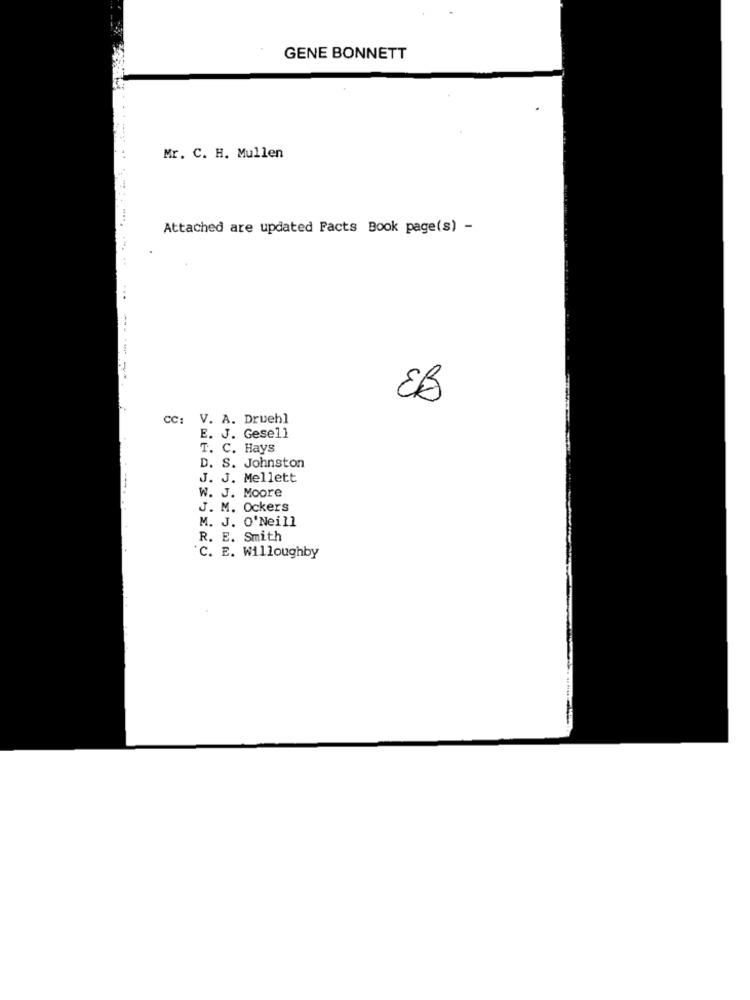
GENE BONNETT
Mr. C. H. Mullen
Attached are updated Facts Book page(s) -
----
8B
cc: V. A. Druehl
E. J. Gesell
T. C. Hays
D. S. Johnston
J. J. Mellett
W. J. Moore
J. M. Ockers
M. J. O'Neill
R. E. Smith
C. E. Willoughby